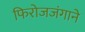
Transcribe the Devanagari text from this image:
फिरोजजंगाने